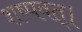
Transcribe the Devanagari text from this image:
शष्पवत्‌।